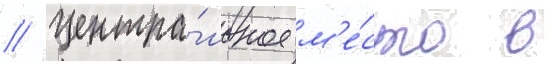
// Центра́льное м'е́сто в